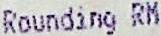
ROUNDING RM